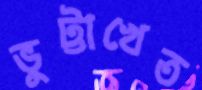
ভুট্টাখেত